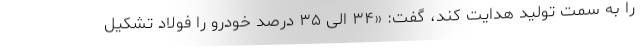
را به سمت تولید هدایت کند، گفت: «۳۴ الی ۳۵ درصد خودرو را فولاد تشکیل